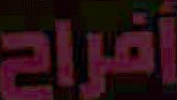
أفراح